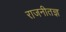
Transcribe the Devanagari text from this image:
राजनीतज्ञ